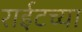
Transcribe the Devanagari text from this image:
राईटच्या